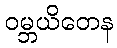
ဝမ္ဘယိတေန